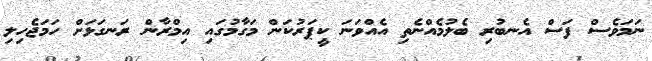
ނަމަވެސް ފަސް އެނބުރި ބެލުމެއްނެތި އެއްވަނަ ކީޕަރުކަން މަގާމުގައި އިމްރާން ރަނގަޅަށް ހަމަޖެހިލި